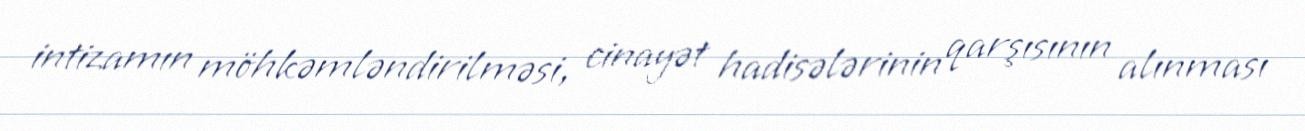
intizamın möhkəmləndirilməsi, cinayət hadisələrinin qarşısının alınması